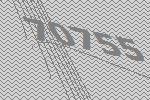
70755